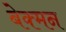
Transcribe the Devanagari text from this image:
बेक्मन